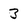
Character: 3